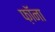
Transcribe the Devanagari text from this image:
फ़ॉना